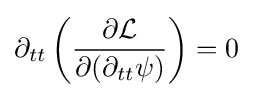
\partial _{tt}\left({\frac {\partial {\mathcal {L}}}{\partial (\partial _{tt}\psi )}}\right)=0